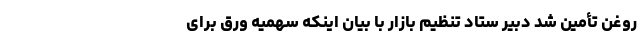
روغن تأمین شد دبیر ستاد تنظیم بازار با بیان اینکه سهمیه ورق برای